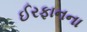
ઈરફાનના